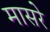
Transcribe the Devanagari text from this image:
मासरे